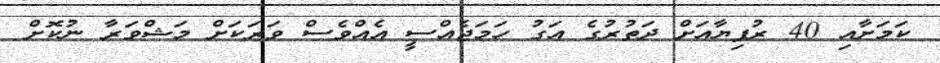
ކަމަށާއި 40 ރުފިޔާއަށް ދަތުރުގެ އަގު ހަމަޖެއްސީ އެއްވެސް ވަރަކަށް މަޝްވަރާ ނުކޮށް